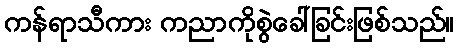
ကန်ရာသီကား ကညာကိုစွဲခေါ်ခြင်းဖြစ်သည်။